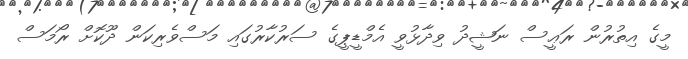
މީގެ އިތުރުން ރަޢީސް ނަޝީދު ވިދާޅުވީ އެމްޑީޕީގެ ސަރުކާރުގައި މަސްވެރިކަން ދޫކޮށް ރޯމަސް